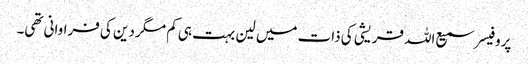
پروفیسر سمیع اللہ قریشی کی ذات میں لین بہت ہی کم مگر دین کی فراوانی تھی۔